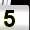
Digit: 5